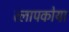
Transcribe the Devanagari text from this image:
त्लापकोया